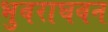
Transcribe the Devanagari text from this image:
भुवराघवन